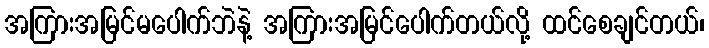
အကြားအမြင်မပေါက်ဘဲနဲ့ အကြားအမြင်ပေါက်တယ်လို့ ထင်စေချင်တယ်၊